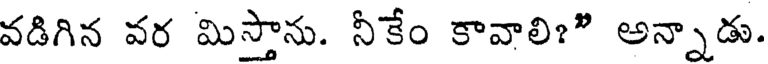
వడిగిన వర మిస్తాను. నీకేం కావాలి?" అన్నాడు.